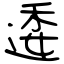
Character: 逶